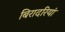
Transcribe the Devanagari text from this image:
बिरादरियां